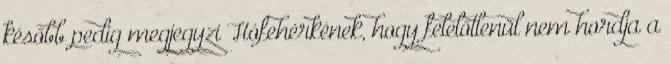
később pedig megjegyzi Hófehérkének, hogy felelőtlenül nem hordja a